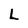
Character: L